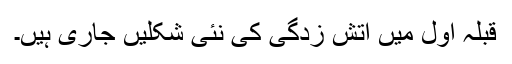
قبلہ اول میں آتش زدگی کی نئی شکلیں جاری ہیں۔